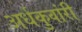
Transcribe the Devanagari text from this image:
अर्धकुवांरी